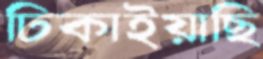
ঢিকাইয়াছি